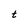
Character: t